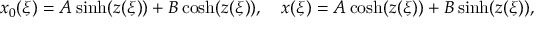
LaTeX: x _ { 0 } ( \xi ) = A \sinh ( z ( \xi ) ) + B \cosh ( z ( \xi ) ) , \quad x ( \xi ) = A \cosh ( z ( \xi ) ) + B \sinh ( z ( \xi ) ) ,